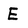
Character: E